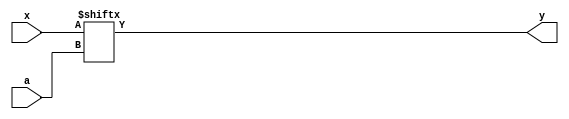
module mysterious
(
	input [7:0] x,
	input [2:0] a,
	output y
);

assign y = x[a];

endmodule